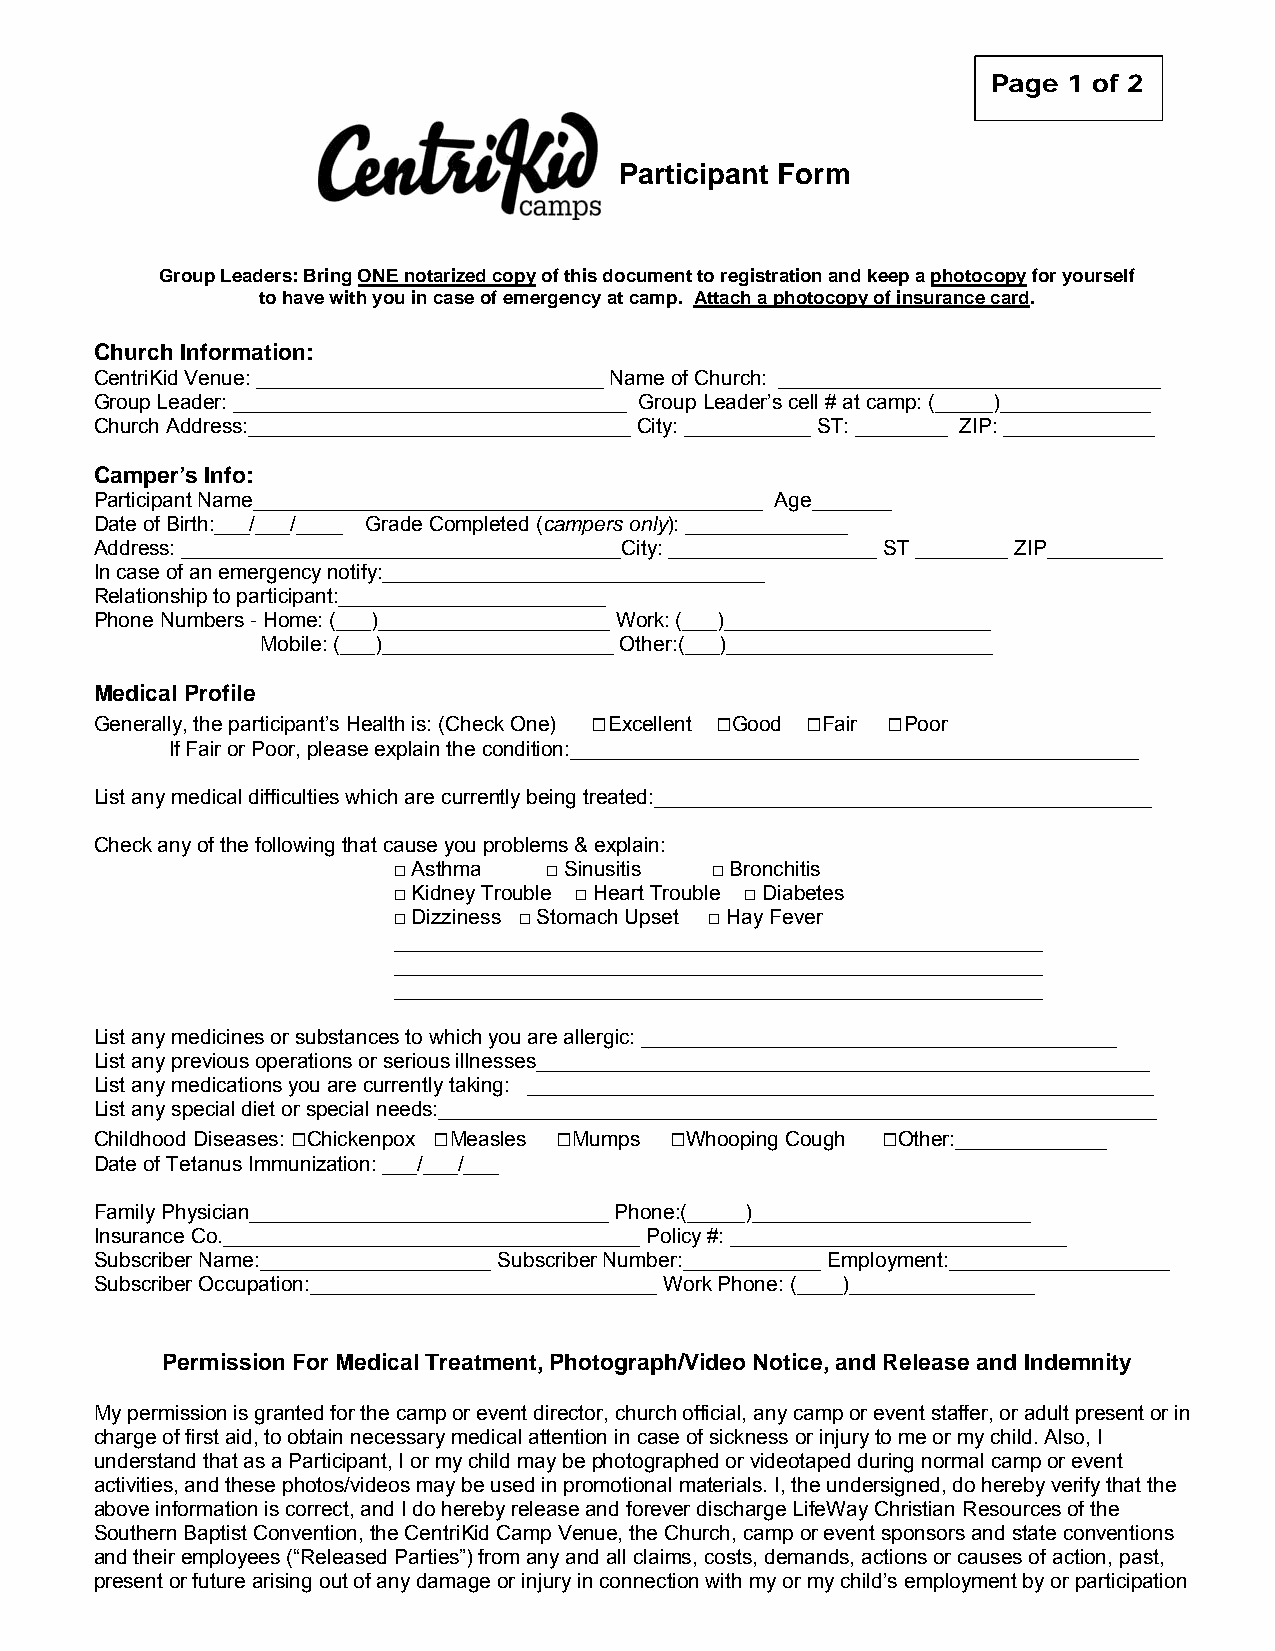
Page 1 of 2
 Participant Form
 Group Leaders: Bring ONE notarized copy of this document to registration and keep a photocopy for yourself
 to have with you in case of emergency at camp. Attach a photocopy of insurance card.
 Church Information:
 CentriKid Venue: ______________________________ Name of Church: _________________________________
 Group Leader: __________________________________ Group Leader’s cell # at camp: (_____)_____________
 Church Address:_________________________________ City: ___________ ST: ________ ZIP: _____________
 Camper’s Info:
 Participant Name____________________________________________ Age_______
 Date of Birth:___/___/____ Grade Completed (campers only): ______________
 Address: ______________________________________City: __________________ ST ________ ZIP__________
 In case of an emergency notify:_________________________________
 Relationship to participant:_______________________
 Phone Numbers - Home: (___)____________________ Work: (___)_______________________
 Mobile: (___)____________________ Other:(___)_______________________
 Medical Profile
 Generally, the participant’s Health is: (Check One) □Excellent □Good □Fair □Poor
 If Fair or Poor, please explain the condition:_________________________________________________
 List any medical difficulties which are currently being treated:___________________________________________
 Check any of the following that cause you problems & explain:
 □ Asthma  □ Sinusitis □ Bronchitis
 □ Kidney Trouble □ Heart Trouble □ Diabetes
 □ Dizziness □ Stomach Upset □ Hay Fever
 ________________________________________________________
 ________________________________________________________
 ________________________________________________________
 List any medicines or substances to which you are allergic: _________________________________________
 List any previous operations or serious illnesses_____________________________________________________
 List any medications you are currently taking: ______________________________________________________
 List any special diet or special needs:______________________________________________________________
 Childhood Diseases: □Chickenpox □Measles □Mumps □Whooping Cough □Other:_____________
 Date of Tetanus Immunization: ___/___/___
 Family Physician_______________________________ Phone:(_____)________________________
 Insurance Co.____________________________________ Policy #: _____________________________
 Subscriber Name:____________________ Subscriber Number:____________ Employment:___________________
 Subscriber Occupation:______________________________ Work Phone: (____)________________
 Permission For Medical Treatment, Photograph/Video Notice, and Release and Indemnity
 My permission is granted for the camp or event director, church official, any camp or event staffer, or adult present or in
 charge of first aid, to obtain necessary medical attention in case of sickness or injury to me or my child. Also, I
 understand that as a Participant, I or my child may be photographed or videotaped during normal camp or event
 activities, and these photos/videos may be used in promotional materials. I, the undersigned, do hereby verify that the
 above information is correct, and I do hereby release and forever discharge LifeWay Christian Resources of the
 Southern Baptist Convention, the CentriKid Camp Venue, the Church, camp or event sponsors and state conventions
 and their employees (“Released Parties”) from any and all claims, costs, demands, actions or causes of action, past,
 present or future arising out of any damage or injury in connection with my or my child’s employment by or participation